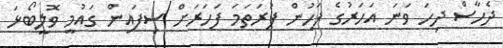
ދެހާސް ދިހަ ވަނަ އަހަރުގެ ފަހުން ފުރަތަމަ ފަހަރަށް ސިފައިން ގައުމީ ވޮލީބޯޅަ